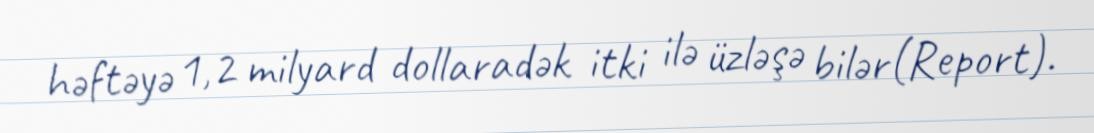
həftəyə 1,2 milyard dollaradək itki ilə üzləşə bilər(Report).